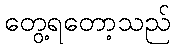
တွေ့ရတော့သည်